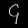
Digit: ၄